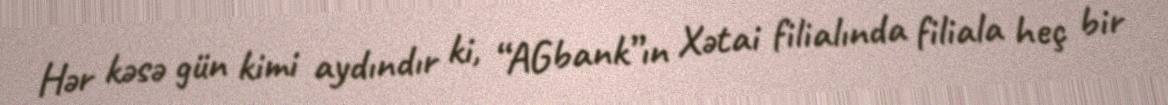
Hər kəsə gün kimi aydındır ki, “AGbank”ın Xətai filialında filiala heç bir